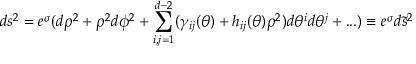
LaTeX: d s ^ { 2 } = e ^ { \sigma } ( d \rho ^ { 2 } + \rho ^ { 2 } d \phi ^ { 2 } + \sum _ { i , j = 1 } ^ { d - 2 } ( \gamma _ { i j } ( \theta ) + h _ { i j } ( \theta ) \rho ^ { 2 } ) d \theta ^ { i } d \theta ^ { j } + . . . ) \equiv e ^ { \sigma } d \tilde { s } ^ { 2 }